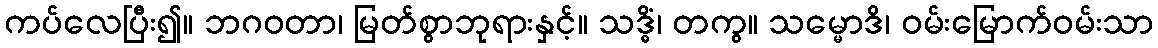
ကပ်လေပြီး၍။ ဘဂဝတာ၊ မြတ်စွာဘုရားနှင့်။ သဒ္ဓိံ၊ တကွ။ သမ္မောဒိ၊ ဝမ်းမြောက်ဝမ်းသာ